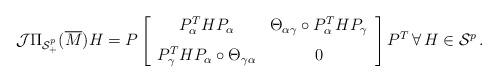
LaTeX: \begin{align*} {\cal J} \Pi_{{\cal S}_+^p} (\overline{M})H = P \left[\begin{array}{cc}P_\alpha^T HP_ {\alpha} & \Theta_{\alpha\gamma} \circ P_\alpha^T HP_ {\gamma} \\ [7pt] P_\gamma^T HP_ {\alpha} \circ {\Theta}_{\gamma \alpha} & 0\end{array}\right] P^T\, \forall \, H\in {\cal S}^p\, .\end{align*}